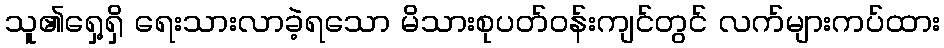
သူ၏ရှေ့ရှိ ရေးသားလာခဲ့ရသော မိသားစုပတ်ဝန်းကျင်တွင် လက်များကပ်ထား